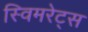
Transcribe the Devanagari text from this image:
स्विमरेट्स